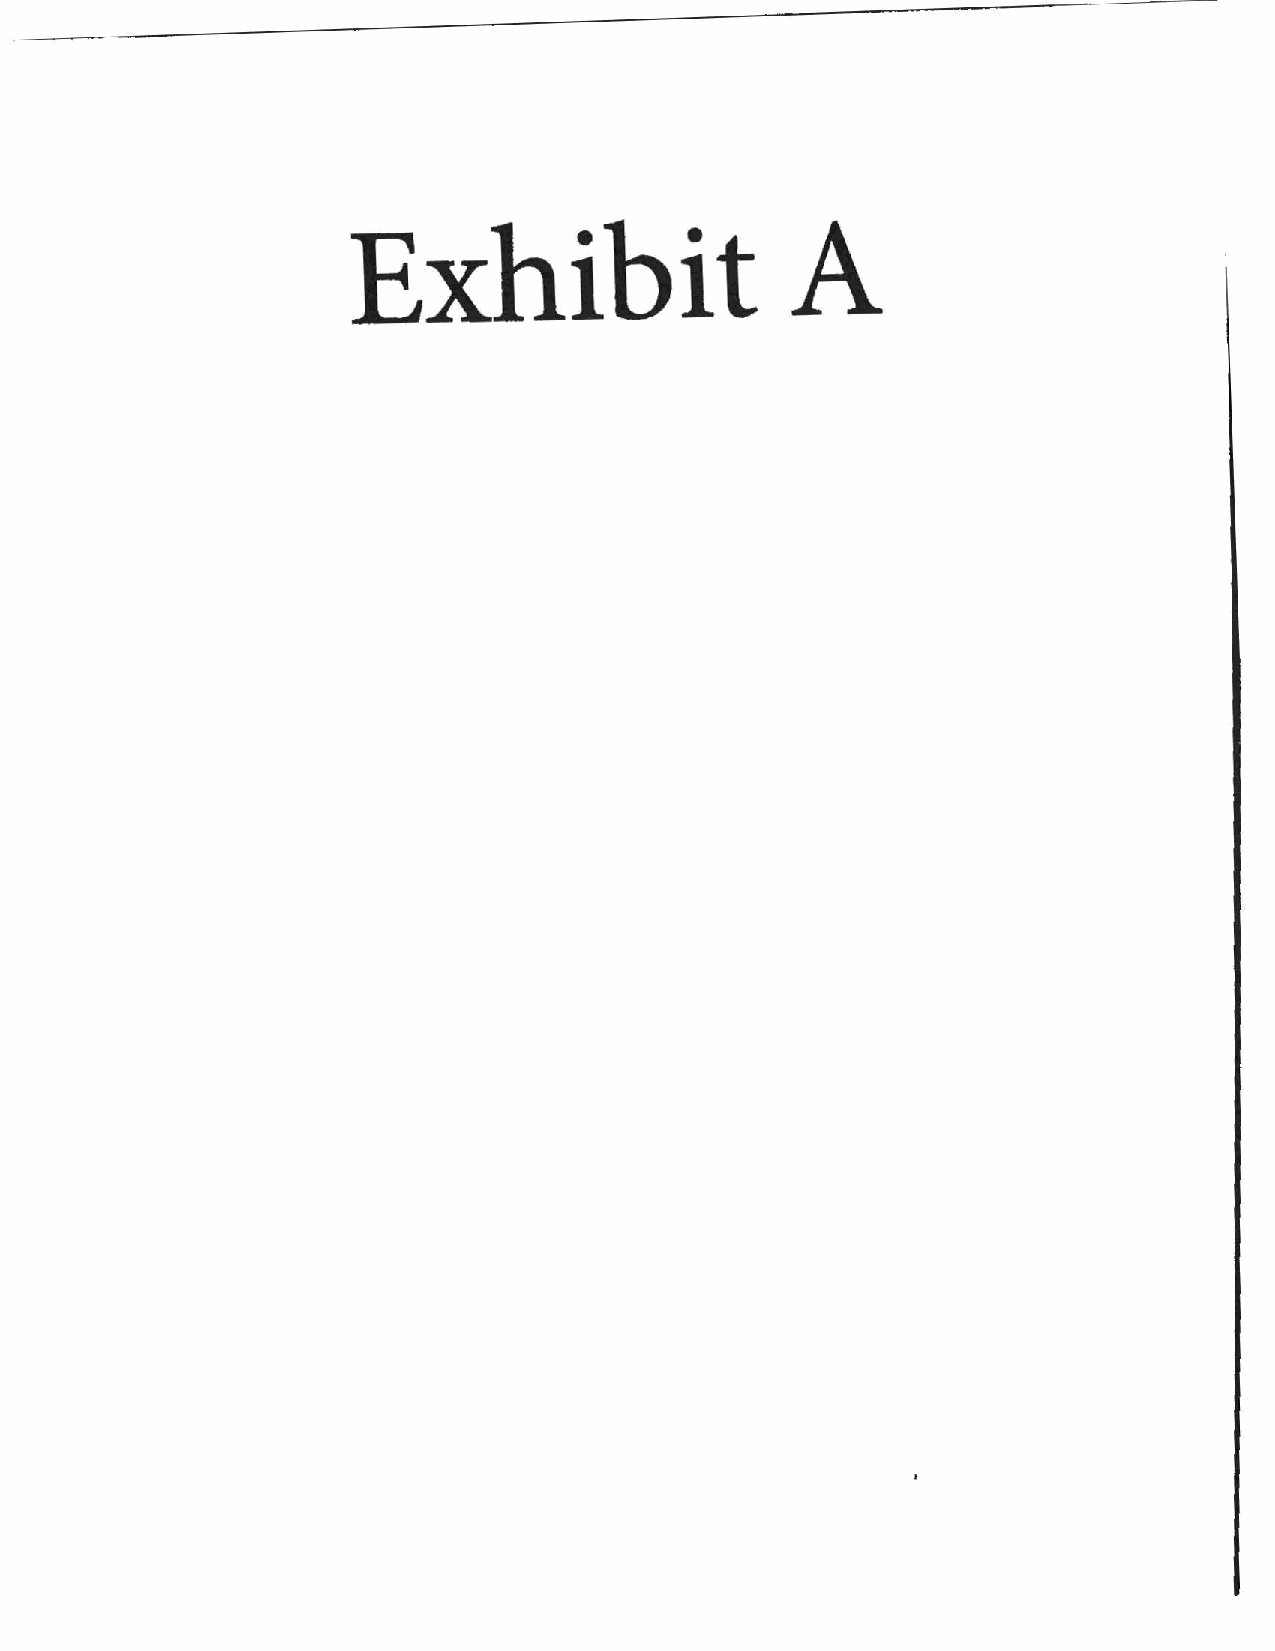
Exhibit                      A